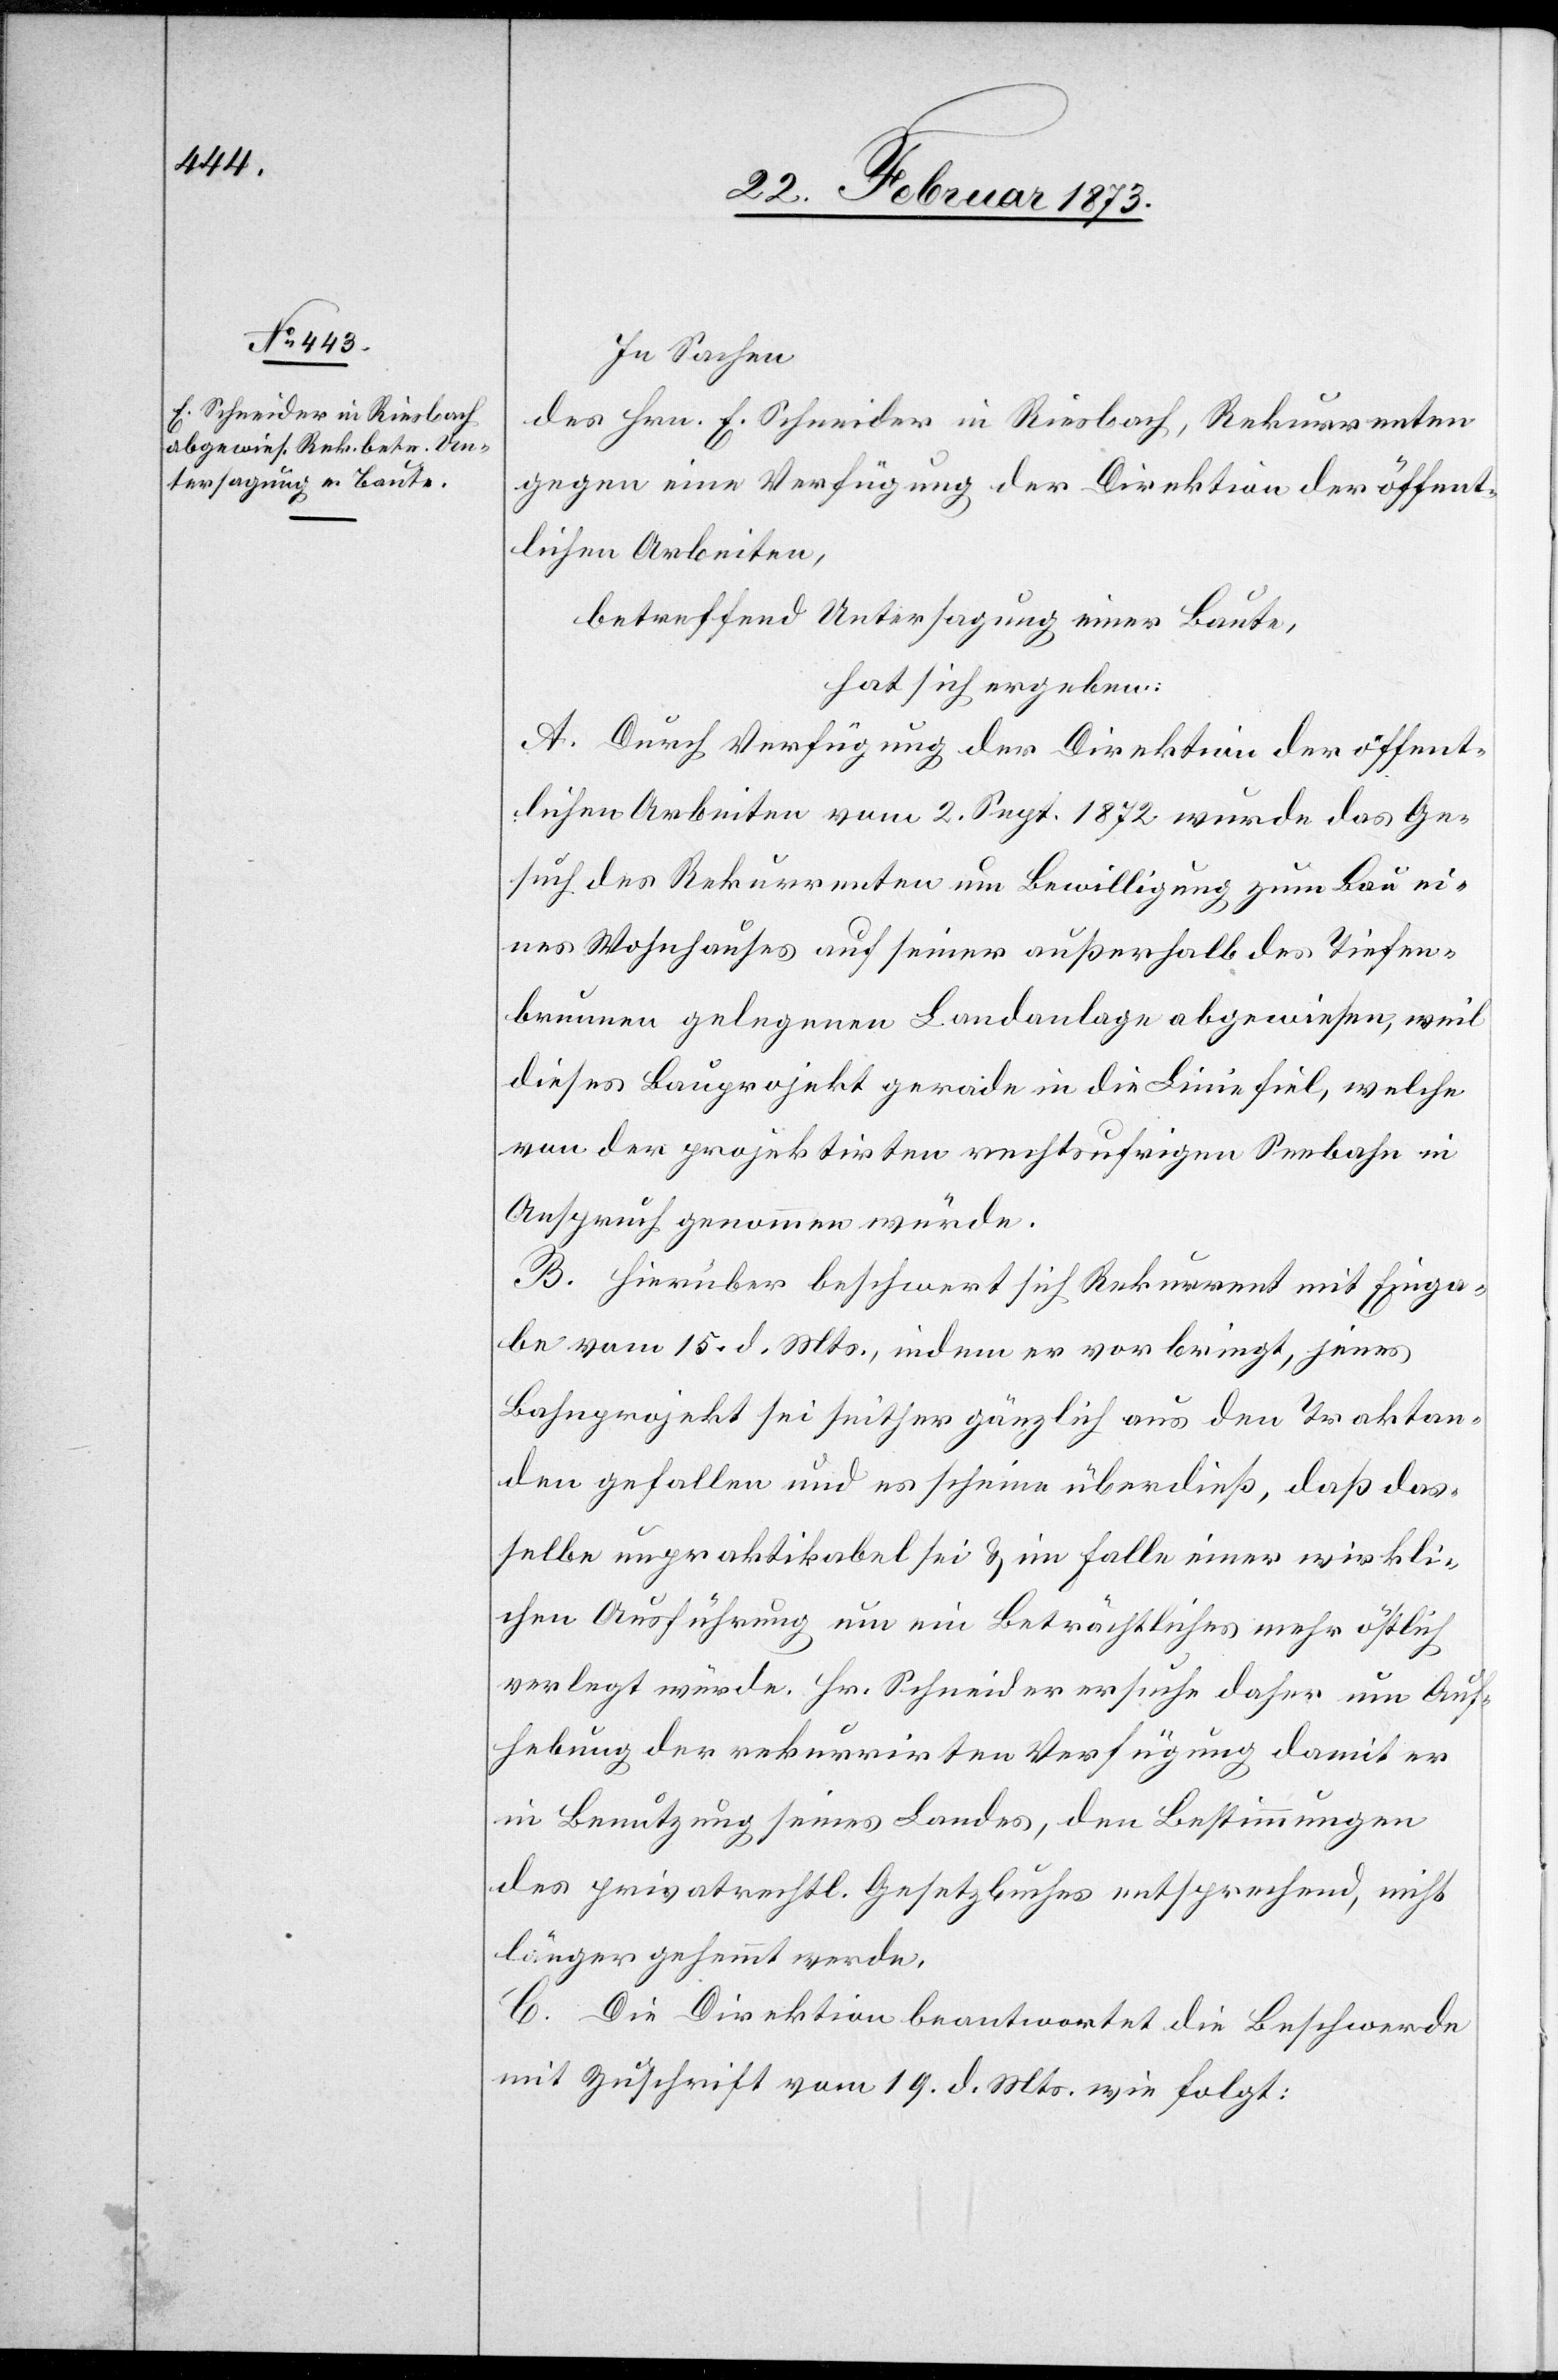
In Sachen
des Hrn. E. Schneider in Riesbach, Rekurrenten
gegen eine Verfügung der Direktion der öffent¬
lichen Arbeiten,
betreffend Untersagung einer Baute,
hat sich ergeben:
A. Durch Verfügung der Direktion der öffent¬
lichen Arbeiten vom 2. Sept. 1872 wurde das Ge¬
such des Rekurrenten um Bewilligung zum Bau ei¬
nes Wohnhauses auf seiner außerhalb des Tiefen¬
brunnen gelegenen Landanlage abgewiesen, weil
dieses Bauprojekt gerade in die Linie fiel, welche
von der projektirten rechtsufrigen Seebahn in
Anspruch genommen würde.
B. Hierüber beschwert sich Rekurrent mit Einga¬
be vom 15. d. Mts., indem er vorbringt, jenes
Bahnprojekt sei seither gänzlich aus den Traktan¬
den gefallen und es scheine überdieß, daß das¬
selbe unpraktikabel sei u. im Falle einer wirkli¬
chen Ausführung um ein Beträchtliches mehr östlich
verlegt würde. Hr. Schneider ersuche daher um Auf¬
hebung der rekurrirten Verfügung damit er
in Benutzung seines Landes, den Bestimmungen
des privatrechtl. Gesetzbuches entsprechend, nicht
länger gehemmt werde.
C. Die Direktion beantwortet die Beschwerde
mit Zuschrift vom 19. d. Mts. wie folgt: